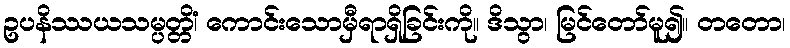
ဥပနိဿယသမ္ပတ္တိံ၊ ကောင်းသောမှီရာရှိခြင်းကို။ ဒိသွာ၊ မြင်တော်မူ၍။ တတော၊